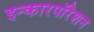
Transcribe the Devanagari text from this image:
इन्कारपॉरेशन